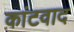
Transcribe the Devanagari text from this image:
कांटवाद